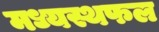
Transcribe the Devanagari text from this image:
मध्यस्थफल